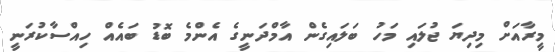
މީރާއަށް މިދިޔަ ޖުލައި މަހު ބަލައިގެން އާމްދަނީގެ އެންމެ ބޮޑު ބައެއް ހިއްސާކުރަނީ